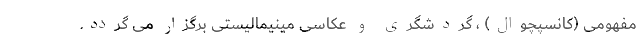
مفهومی (کانسپچوال) ، گردشگری و عکاسی مینیمالیستی برگزار می گردد.